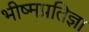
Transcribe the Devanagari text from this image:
भीष्मप्रतिज्ञा